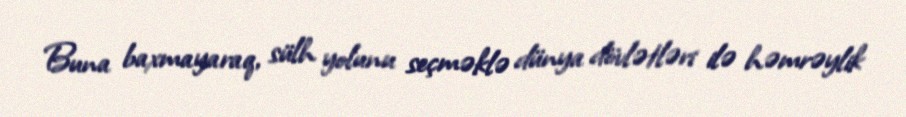
Buna baxmayaraq, sülh yolunu seçməklə dünya dövlətləri ilə həmrəylik